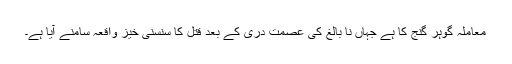
معاملہ گوہر گنج کا ہے جہاں نا بالغ کی عصمت دری کے بعد قتل کا سنسنی خیز واقعہ سامنے آیا ہے۔